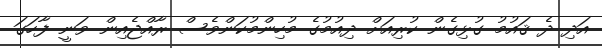
އަދި ދެ ޤައުމު ގުޅިގެން ކުރިއަށް ދިއުމުގެ މުހިންމުކަންވެސް ރާއްޖެއިން ވަނީ ފާހަގަ